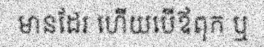
មានដែរ ហើយបើឪពុក ឬ